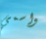
واسمي